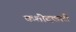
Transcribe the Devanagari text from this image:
कशीदकारी